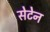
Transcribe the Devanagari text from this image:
सेटेन